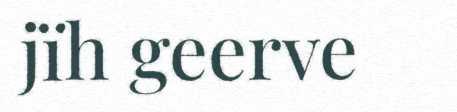
jïh geerve